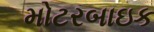
મોટરબાઇક